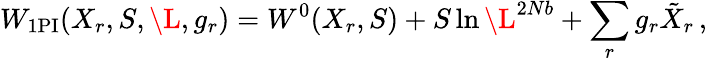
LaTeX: W_{\mathrm{1PI}}(X_{r},S,\L,g_{r})=W^{0}(X_{r},S)+S\ln\L^{2Nb}+\sum_{r}g_{r}\tilde{X}_{r}\, ,